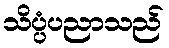
သိပ္ပံပညာသည်